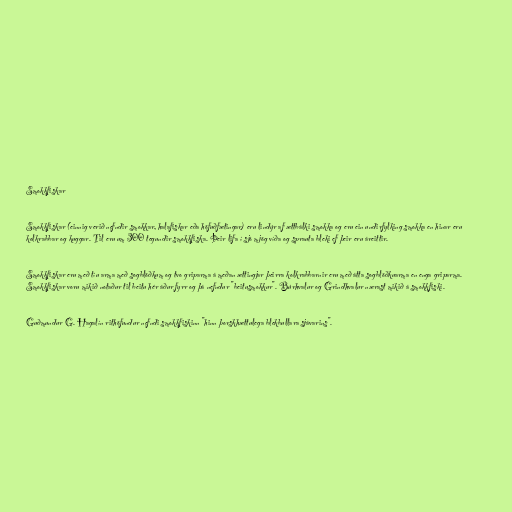
Smokkfiskar

Smokkfiskar (einnig verið nefndir smokkar, halafiskar eða höfuðfætingar) eru lindýr af ættbálki smokka og eru ein undirfylking smokka en hinar eru
kolkrabbar og kuggar. Til eru um 300 tegundir smokkfiska. Þeir lifa í sjó mjög víða og sprauta bleki ef þeir eru áreittir.

Smokkfiskar eru með tíu arma með sogblöðkum og tvo griparma á meðan ættingjar þeirra kolkrabbarnir eru með átta sogblöðkuarma en enga griparma.
Smokkfiskar voru mikið notaður til beitu hér áður fyrr og þá nefndur "beitusmokkur". Búrhvalur og Grindhvalur nærast mikið á smokkfiski.

Guðmundur G. Hagalín rithöfundur nefndi smokkfiskinn "hinn þorskhættulega blekbullara sjávarins".